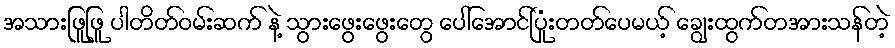
အသားဖြူဖြူ ပါတိတ်ဝမ်းဆက် နဲ့ သွားဖွေးဖွေးတွေ ပေါ်အောင်ပြုံးတတ်ပေမယ့် ချွေးထွက်တအားသန်တဲ့